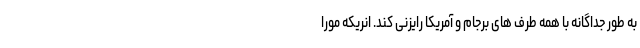
به طور جداگانه با همه طرف های برجام و آمریکا رایزنی کند. انریکه مورا